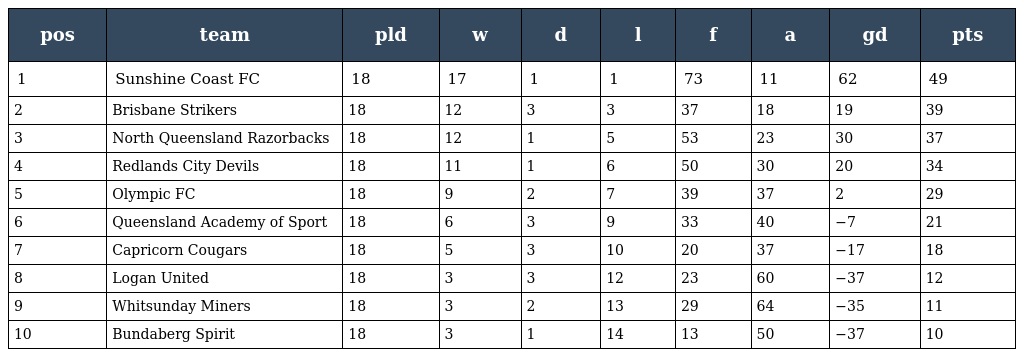
| pos | team | pld | w | d | l | f | a | gd | pts |
 | --- | --- | --- | --- | --- | --- | --- | --- | --- | --- |
 | 1 | Sunshine Coast FC | 18 | 17 | 1 | 1 | 73 | 11 | 62 | 49 |
 | 2 | Brisbane Strikers | 18 | 12 | 3 | 3 | 37 | 18 | 19 | 39 |
 | 3 | North Queensland Razorbacks | 18 | 12 | 1 | 5 | 53 | 23 | 30 | 37 |
 | 4 | Redlands City Devils | 18 | 11 | 1 | 6 | 50 | 30 | 20 | 34 |
 | 5 | Olympic FC | 18 | 9 | 2 | 7 | 39 | 37 | 2 | 29 |
 | 6 | Queensland Academy of Sport | 18 | 6 | 3 | 9 | 33 | 40 | −7 | 21 |
 | 7 | Capricorn Cougars | 18 | 5 | 3 | 10 | 20 | 37 | −17 | 18 |
 | 8 | Logan United | 18 | 3 | 3 | 12 | 23 | 60 | −37 | 12 |
 | 9 | Whitsunday Miners | 18 | 3 | 2 | 13 | 29 | 64 | −35 | 11 |
 | 10 | Bundaberg Spirit | 18 | 3 | 1 | 14 | 13 | 50 | −37 | 10 |